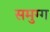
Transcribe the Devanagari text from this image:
समुग्ग